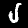
Digit: 5